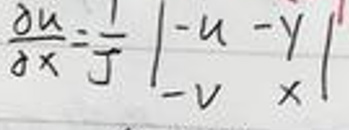
\(\frac{\partial u}{\partial x} = \frac{1}{t} \left| \begin{matrix} -u \\ -v \end{matrix} \right|_x^y\)